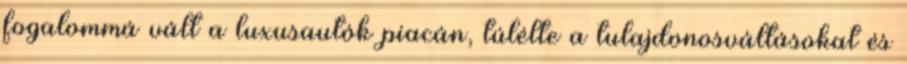
fogalommá vált a luxusautók piacán, túlélte a tulajdonosváltásokat és